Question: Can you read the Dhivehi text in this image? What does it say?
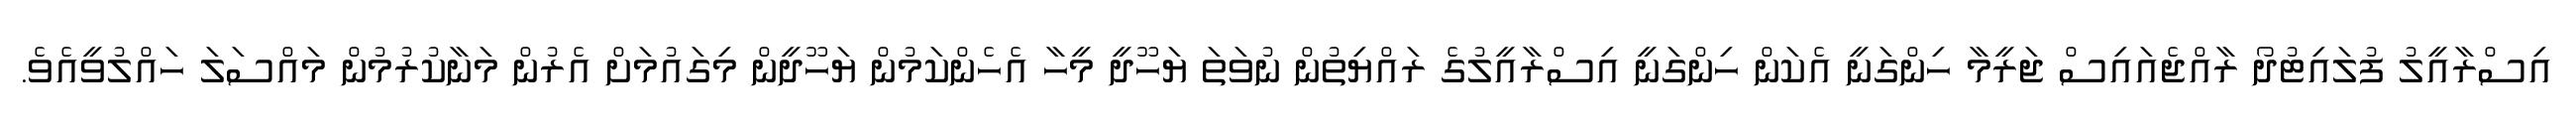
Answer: އިސްރާއީލު ފުލައިޓުދޯ ރާއްޖެއައިސް ޖަރީމާ ހިންގަނީ އެކަން ހިންގަނީ އިސްރާއީލުގެ ރައްޔިތުން ނުވަތަ ޔަހޫދީ މީހާ އެހެންކަމުން ޔަހޫދީން މިގައުމަށް އެރުން މަނާކުރުމުން މައްސަލަ ހައްލުވީއެވެ.